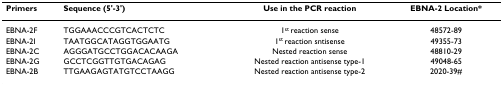
| Primers | Sequence (5'-3') | Use in the PCR reaction | EBNA-2 Location* |
 | --- | --- | --- | --- |
 | EBNA-2F | TGGAAACCCGTCACTCTC | 1st reaction sense | 48572-89 |
 | EBNA-2I | TAATGGCATAGGTGGAATG | 1st reaction sntisense | 49355-73 |
 | EBNA-2C | AGGGATGCCTGGACACAAGA | Nested reaction sense | 48810-29 |
 | EBNA-2G | GCCTCGGTTGTGACAGAG | Nested reaction antisense type-1 | 49048-65 |
 | EBNA-2B | TTGAAGAGTATGTCCTAAGG | Nested reaction antisense type-2 | 2020-39# |